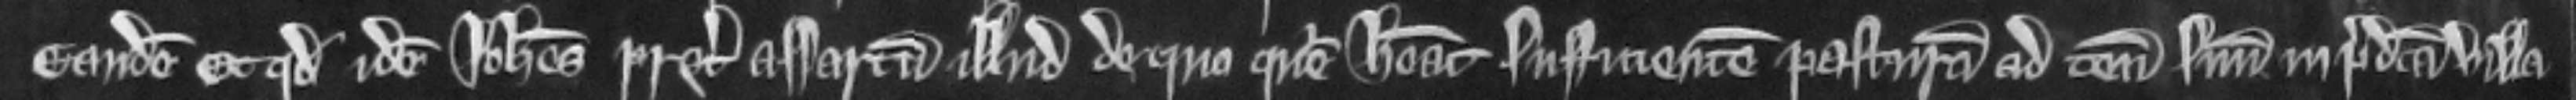
eandem et quod idem Johannes preter assartum illud de quo queritur habeat sufficientem pasturam ad tenementum suum in predicta villa